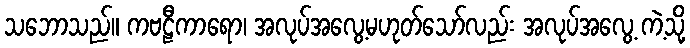
သဘောသည်။ ကဗဠီကာရော၊ အလုပ်အလွေ့မဟုတ်သော်လည်း အလုပ်အလွေ့ ကဲ့သို့